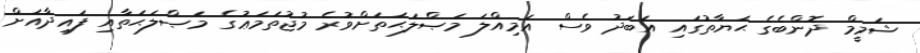
ޝަމީމް ދޮންބެގެ ޙަޔާތުގައި އަބަދު ވެސް އަމިއްލަ މަޞްލަޙަތަށްވުރެ މުޖުތަމަޢުގެ މަޞްލަޙަތާއި ފައިދާއަށް